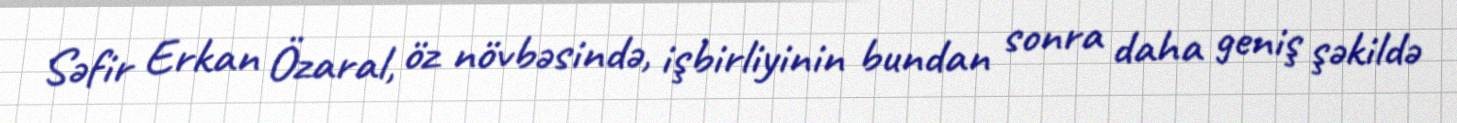
Səfir Erkan Özaral, öz növbəsində, işbirliyinin bundan sonra daha geniş şəkildə